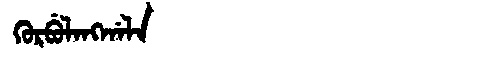
Manchu: ᡴᡠᡵᠪᡠᠯᠠᠩᡤᠠᠯᠠ
Romanization: KURBULANGGALA